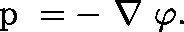
\mathrm { \boldmath ~ p ~ } = - \mathrm { \boldmath ~ \nabla ~ } \varphi .